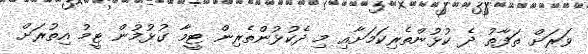
ވަރަށް ތަފާތު ދެ ކުޅުންތެރިކަމަށާއި މި ދެކުޅުންތެރިން ޓީމާ ގުޅުމުން ޓީމު އިތުރަށް